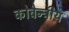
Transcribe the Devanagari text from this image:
कोवेन्ट्रीय